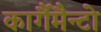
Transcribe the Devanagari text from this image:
कार्गैमैन्टो